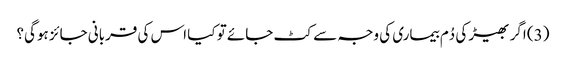
(3) اگر بھیڑ کی دُم بیماری کی وجہ سے کٹ جائے تو کیا اس کی قربانی جائز ہوگی؟